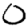
Digit: 0